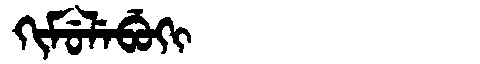
Manchu: ᡴᡳᠮᡠᠯᡝᠪᡠᡴᡳ
Romanization: KIMULEBUKI